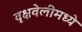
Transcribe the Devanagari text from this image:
वृक्षवेलीमध्ये